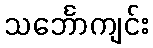
သင်္ဘောကျင်း